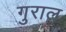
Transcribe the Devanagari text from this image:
गुराल